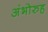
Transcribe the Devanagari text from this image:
अंभोरुह